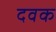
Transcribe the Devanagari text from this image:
दवक